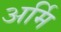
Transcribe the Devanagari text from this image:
अर्मि